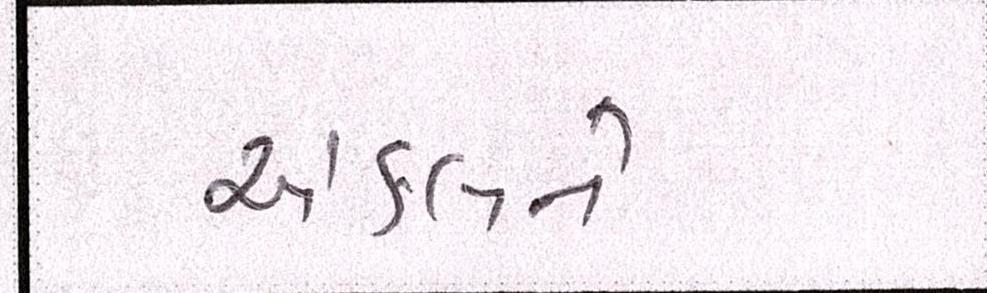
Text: અંકલને